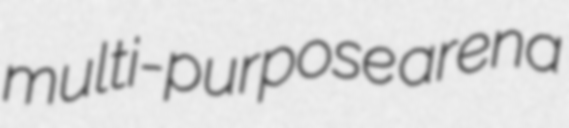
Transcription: multi-purpose arena